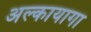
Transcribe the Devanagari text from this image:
अल्कायागा